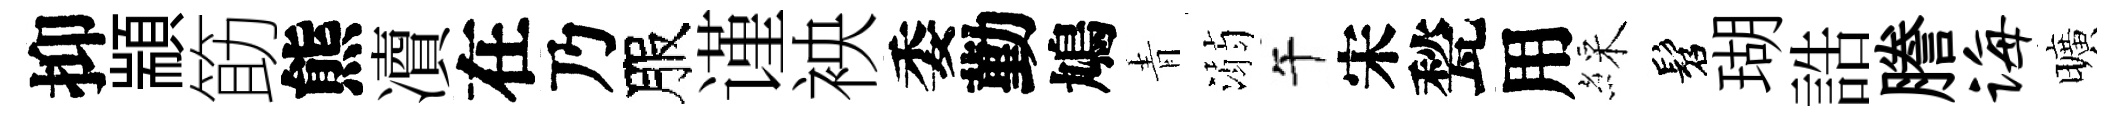
抑顓筯熊凟在乃服谨䘧委勤鳩青溺午宋甃用綵髫瑚誥謄诲曠